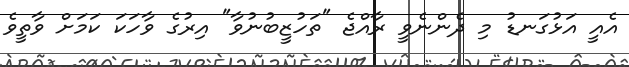
އެއީ އަޅުގަނޑު މި ދެންނެވީ ރާއްޖެ "ތަހުޒީބުނުވާ" އިރުގެ ވާހަކަ ކަމަށް ވާތީވެ